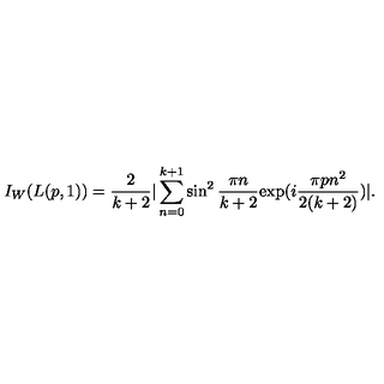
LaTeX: I _ { W } ( L ( p , 1 ) ) = \frac { 2 } { k + 2 } | \sum _ { n = 0 } ^ { k + 1 } \sin ^ { 2 } \frac { \pi n } { k + 2 } \mathrm { e x p } ( i \frac { \pi p n ^ { 2 } } { 2 ( k + 2 ) } ) | .